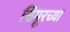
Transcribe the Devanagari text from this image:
चिमूरच्या